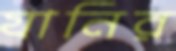
যানির